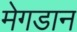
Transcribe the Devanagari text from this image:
मेगडान